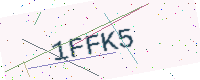
Text: 1FFK5